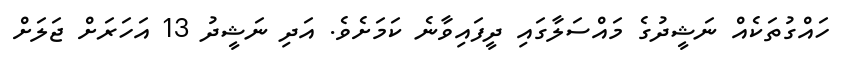
ހައްގުތަކެއް ނަޝީދުގެ މައްސަލާގައި ދީފައިވާނެ ކަމަށެވެ. އަދި ނަޝީދު 13 އަހަރަށް ޖަލަށް